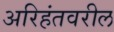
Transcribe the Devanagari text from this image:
अरिहंतवरील